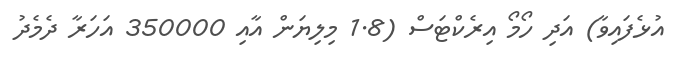
އުޅެފައިވާ) އަދި ހޯމޯ އިރެކްޓަސް (1.8 މިލިޔަން އާއި 350000 އަހަރާ ދެމެދު